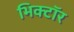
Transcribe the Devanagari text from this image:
भिक्टॉर